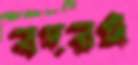
বদরঙ্গ